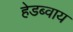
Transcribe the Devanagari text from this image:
हेडब्वाय